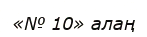
«№ 10» алаң